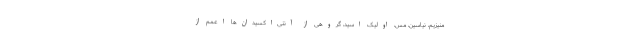
منیزیم، نیاسین، مس، اولیک اسید، گروهی از آنتی‌اکسیدان‌ها اعمم از